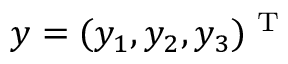
\boldsymbol { y } = ( y _ { 1 } , y _ { 2 } , y _ { 3 } ) ^ { \textrm { T } }